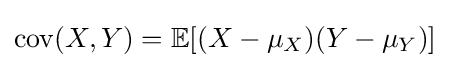
\operatorname {cov} (X,Y)=\operatorname {\mathbb {E} } [(X-\mu _{X})(Y-\mu _{Y})]